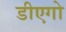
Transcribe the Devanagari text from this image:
डीएगो